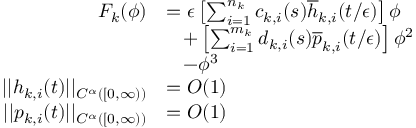
\begin{array} { r l } { F _ { k } ( \phi ) } & { = \epsilon \left[ \sum _ { i = 1 } ^ { n _ { k } } c _ { k , i } ( s ) \overline { { h } } _ { k , i } ( t / \epsilon ) \right] \phi } \\ & { \; \; \; + \left[ \sum _ { i = 1 } ^ { m _ { k } } d _ { k , i } ( s ) \overline { { p } } _ { k , i } ( t / \epsilon ) \right] \phi ^ { 2 } } \\ & { \; \; \; - \phi ^ { 3 } } \\ { | | h _ { k , i } ( t ) | | _ { C ^ { \alpha } ( [ 0 , \infty ) ) } } & { = O ( 1 ) } \\ { | | p _ { k , i } ( t ) | | _ { C ^ { \alpha } ( [ 0 , \infty ) ) } } & { = O ( 1 ) } \end{array}